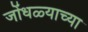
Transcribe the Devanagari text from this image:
जोंधळ्याच्या